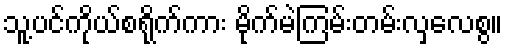
သူ့ပင်ကိုယ်စရိုက်ကား မိုက်မဲကြမ်းတမ်းလှလေစွ။